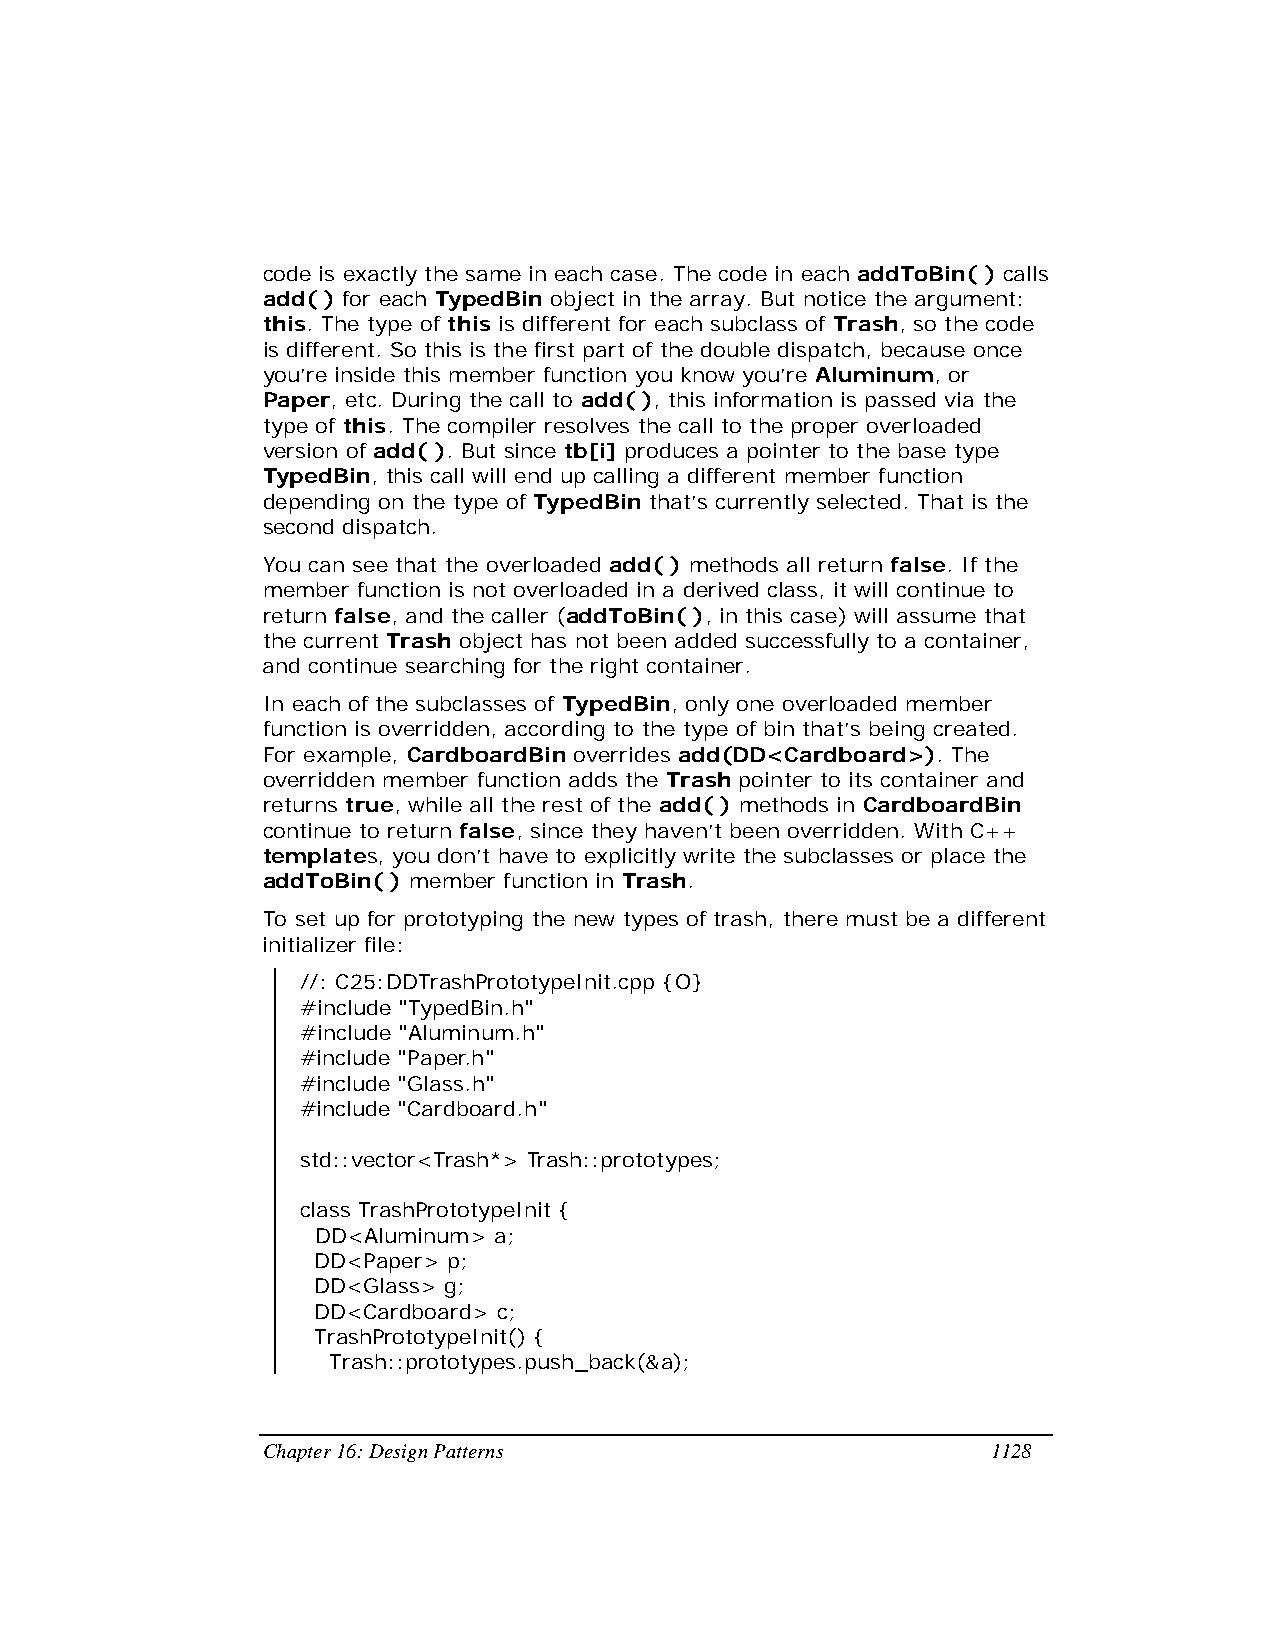
code is exactly the same in each case. The code in each addToBin( ) calls
 add( ) for each TypedBin object in the array. But notice the argument:
 this. The type of this is different for each subclass of Trash, so the code
 is different. So this is the first part of the double dispatch, because once
 you’re inside this member function you know you’re Aluminum, or
 Paper, etc. During the call to add( ), this information is passed via the
 type of this. The compiler resolves the call to the proper overloaded
 version of add( ). But since tb[i] produces a pointer to the base type
 TypedBin, this call will end up calling a different member function
 depending on the type of TypedBin that’s currently selected. That is the
 second dispatch.
 You can see that the overloaded add( ) methods all return false. If the
 member function is not overloaded in a derived class, it will continue to
 return false, and the caller (addToBin( ), in this case) will assume that
 the current Trash object has not been added successfully to a container,
 and continue searching for the right container.
 In each of the subclasses of TypedBin, only one overloaded member
 function is overridden, according to the type of bin that’s being created.
 For example, CardboardBin overrides add(DD<Cardboard>). The
 overridden member function adds the Trash pointer to its container and
 returns true, while all the rest of the add( ) methods in CardboardBin
 continue to return false, since they haven’t been overridden. With C++
 templates, you don’t have to explicitly write the subclasses or place the
 addToBin( ) member function in Trash.
 To set up for prototyping the new types of trash, there must be a different
 initializer file:
 //: C25:DDTrashPrototypeInit.cpp {O}
 #include "TypedBin.h"
 #include "Aluminum.h"
 #include "Paper.h"
 #include "Glass.h"
 #include "Cardboard.h"
 std::vector<Trash*> Trash::prototypes;
 class TrashPrototypeInit {
 DD<Aluminum> a;
 DD<Paper> p;
 DD<Glass> g;
 DD<Cardboard> c;
 TrashPrototypeInit() {
 Trash::prototypes.push_back(&a);
 Chapter 16: Design Patterns                      1128